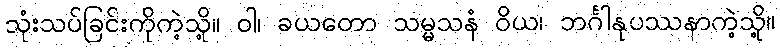
သုံးသပ်ခြင်းကိုကဲ့သို့။ ဝါ၊ ခယတော သမ္မသနံ ဝိယ၊ ဘင်္ဂါနုပဿနာကဲ့သို့။